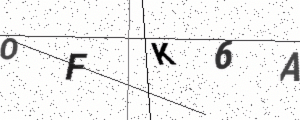
Text: OFK6A